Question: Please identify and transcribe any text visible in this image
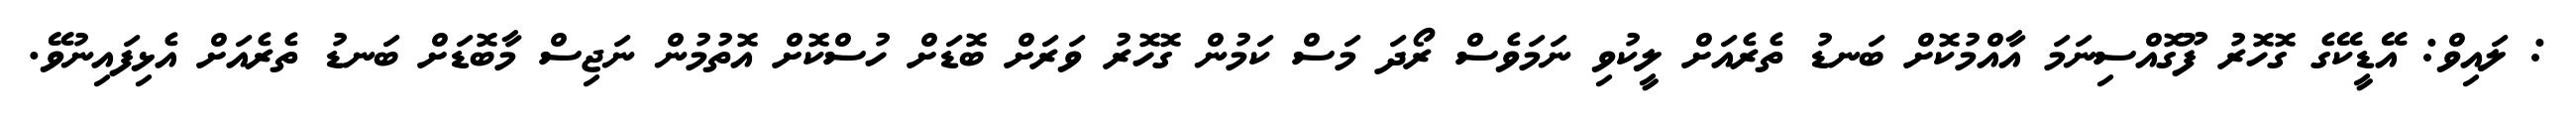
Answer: : ލައިވް: އޭޑީކޭގެ ގޮހޮރު ފޫގޮއްސިނަމަ އާއްމުކޮށް ބަނޑު ތެރެއަށް ލީކުވި ނަމަވެސް ރޯދަ މަސް ކަމުން ގޮހޮރު ވަރަށް ބޮޑަށް ހުސްކޮށް އޮތުމުން ނަޖިސް މާބޮޑަށް ބަނޑު ތެރެއަށް އެޅިފައިނުވޭ.